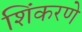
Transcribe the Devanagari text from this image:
शिंकरणे